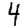
Digit: 4